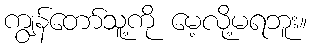
ကျွန်တော်သူ့ကို မေ့လို့မရဘူး။